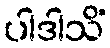
ပါဒါသိံ